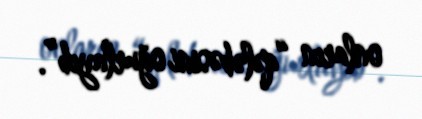
onların “qələbəsini oğurlayıb”.